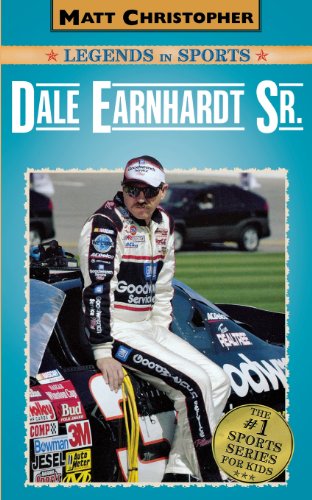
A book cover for Dale Earnhardt Sr.: Matt Christopher Legends in Sports; Matt Christopher; Children's Books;